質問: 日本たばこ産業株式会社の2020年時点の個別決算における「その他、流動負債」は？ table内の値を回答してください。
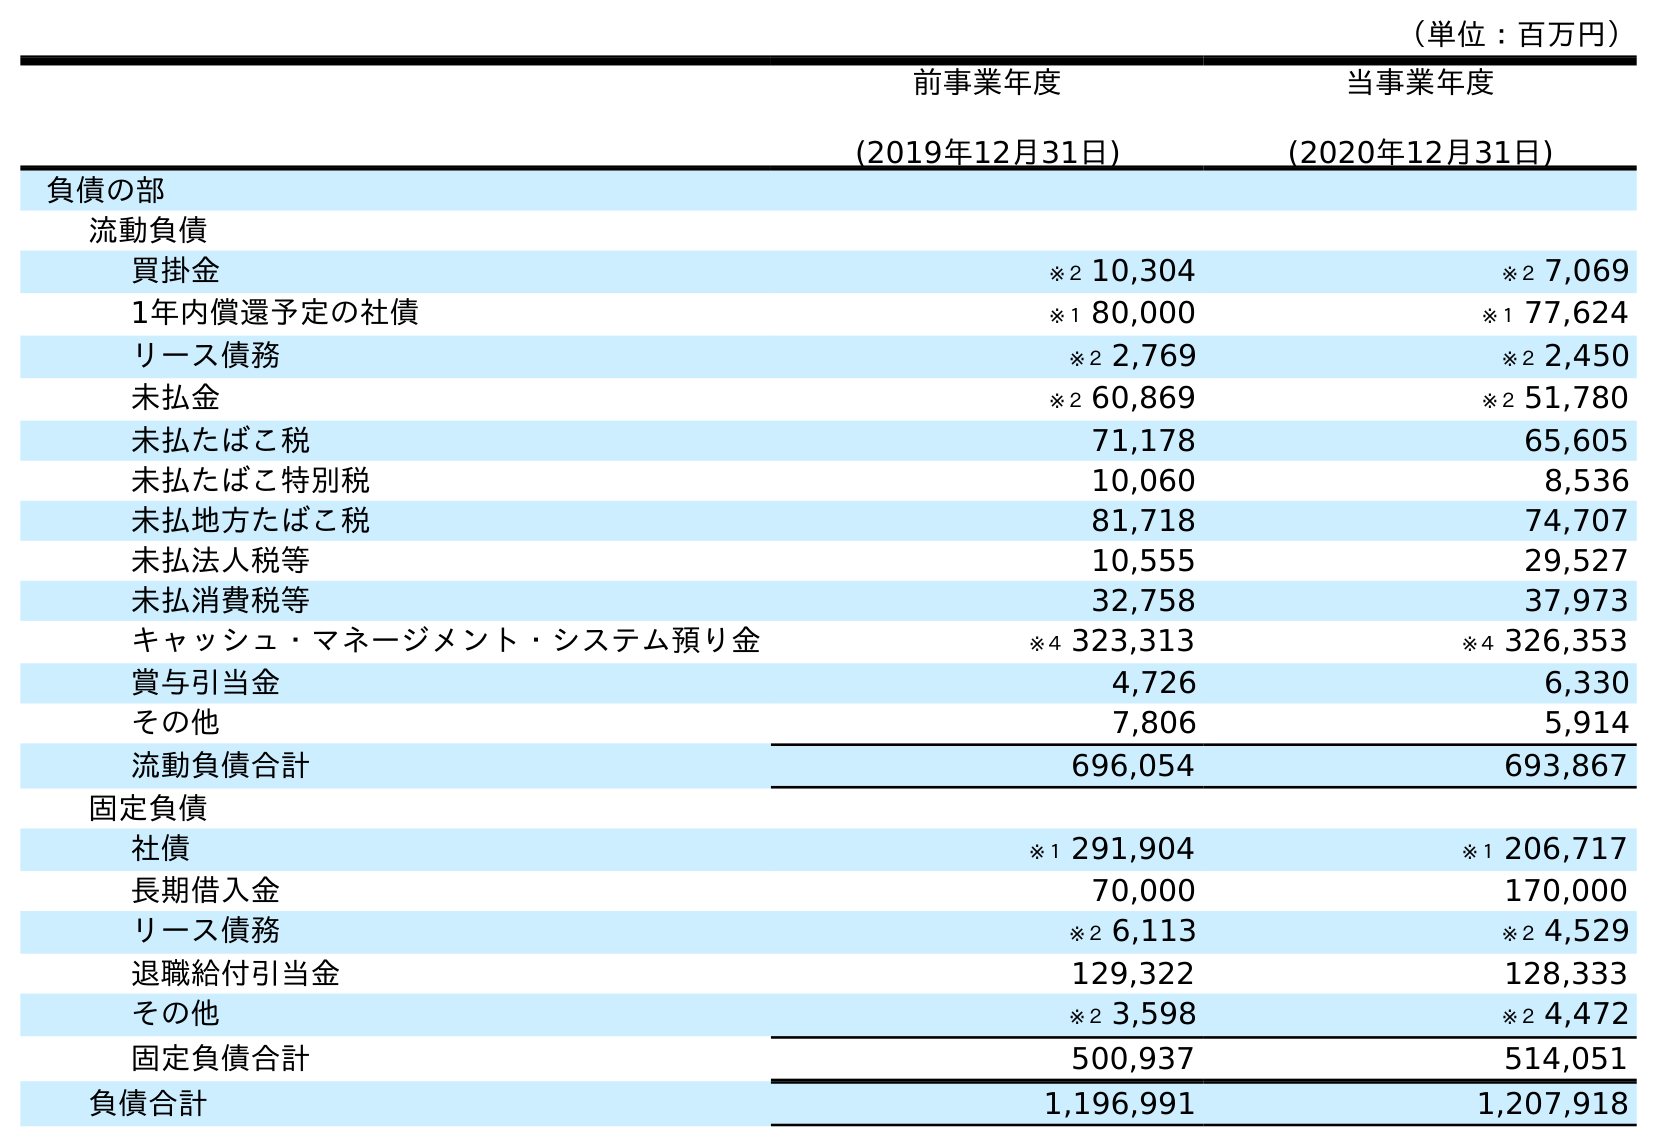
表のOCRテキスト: （単位：百万円） 前事業年度 (2019年12月31日) 当事業年度 (2020年12月31日) 負債の部 流動負債 買掛金 ※２ 10,304 ※２ 7,069 1年内償還予定の社債 ※１ 80,000 ※１ 77,624 リース債務 ※２ 2,769 ※２ 2,450 未払金 ※２ 60,869 ※２ 51,780 未払たばこ税 71,178 65,605 未払たばこ特別税 10,060 8,536 未払地方たばこ税 81,718 74,707 未払法人税等 10,555 29,527 未払消費税等 32,758 37,973 キャッシュ・マネージメント・システム預り金 ※４ 323,313 ※４ 326,353 賞与引当金 4,726 6,330 その他 7,806 5,914 流動負債合計 696,054 693,867 固定負債 社債 ※１ 291,904 ※１ 206,717 長期借入金 70,000 170,000 リース債務 ※２ 6,113 ※２ 4,529 退職給付引当金 129,322 128,333 その他 ※２ 3,598 ※２ 4,472 固定負債合計 500,937 514,051 負債合計 1,196,991 1,207,918
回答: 5,914